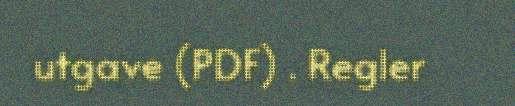
utgave (PDF) . Regler